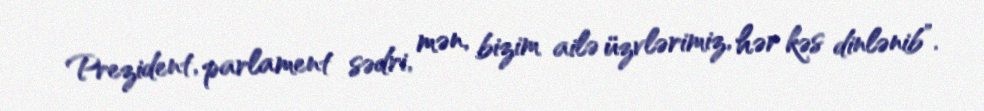
Prezident, parlament sədri, mən, bizim ailə üzvlərimiz, hər kəs dinlənib”.